Madras plague regulations in force outside the Presidency town - Volume 5
Disease focus: Plague
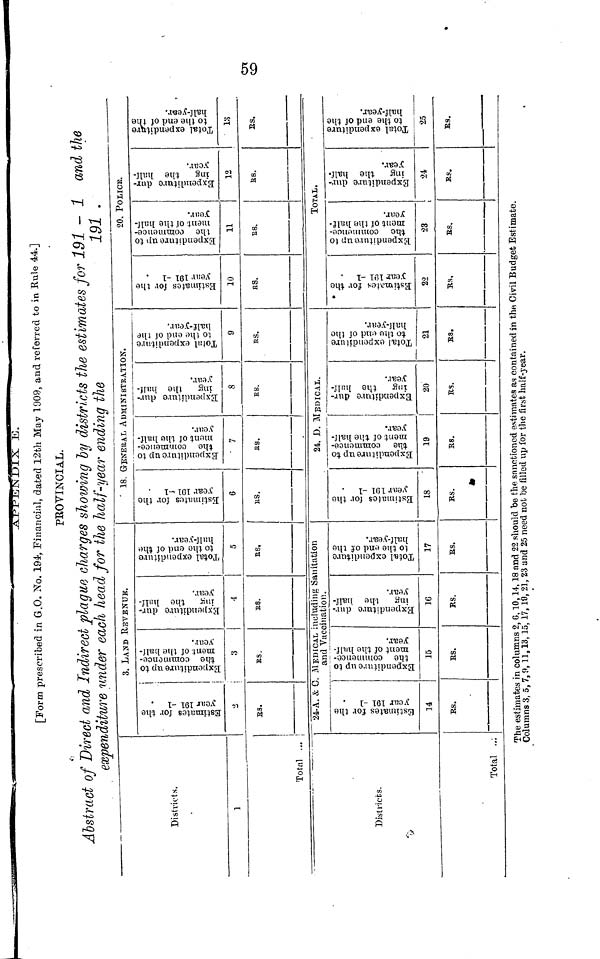
APPENDIX
E.
[Form prescribed in G.o. No. 194, Financial, dated 12th May 1909, and referred to in Rule 44.]
PROVINCIAL.
Abstract of Direct and Indirect plague charges showing by districts the estimates for 191 - 1 and the
expenditure under each head for the half-year ending the
191 .
Districts.
1
3. LAND REVeNUr.
RS.
Total
Districts.
Total
RS.
4
RS.
5
RS.
24-A. & C. MEDICAL including Sanitation
and Vaccination.
l4
RS.
15
Rs.
16
RS.
17
Rs.
18. GENERAL AUMINISTRATION.
6
RS.
7
RS.
8
RS.
9
R.S.
24. D. MEDICAL.
18
RS.
19
RS.
20
RS.
21
RS.
20. POLICE.
10
RS.
11
RS.
12
RS.
TOTAL.
22
Rs.
23
Rs.
24
RS.
25
Rs.
The estimates in columns 2, 6, 10,14,18 and 22 should be the sanctioned estimates as contained in the Civil Budget Estimate.
Columns 3, 5, 7, 9,11,13,15, 17,19, 21, 23 and 25 need not be filled up tor the first half-year.
59